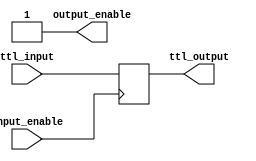
module IO_Buffer (
    input wire ttl_input,
    input wire input_enable,
    output wire output_enable,
    output reg ttl_output
);

always @ (posedge input_enable) begin
    ttl_output <= ttl_input;
end

assign output_enable = 1'b1;

endmodule